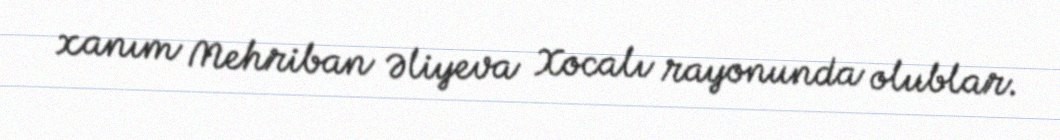
xanım Mehriban Əliyeva Xocalı rayonunda olublar.